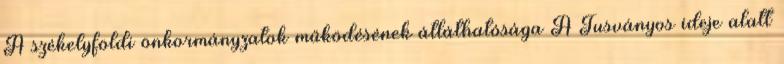
A székelyföldi önkormányzatok működésének átláthatósága A Tusványos ideje alatt